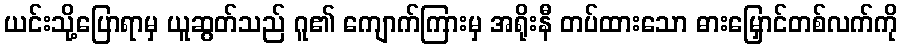
ယင်းသို့ပြောရာမှ ယူဆွတ်သည် ဂူ၏ ကျောက်ကြားမှ အရိုးနီ တပ်ထားသော ဓားမြှောင်တစ်လက်ကို